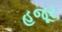
હજૂર